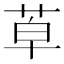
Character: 𦯑